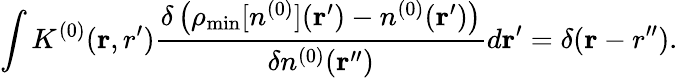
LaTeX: \int K^{(0)}({\mathbf r,r^{\prime}})\frac{\delta\left(\rho_{\mathrm{min}}[n^{(0)}]({\mathbf r^{\prime}})-n^{(0)}({\mathbf r^{\prime}})\right)}{{\delta n^{(0)}({\mathbf r^{\prime\prime}})}}d{\mathbf r^{\prime}}=\delta({\mathbf r-r^{\prime\prime}}).